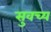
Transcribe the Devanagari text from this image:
सुवच्य